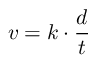
v = k \cdot { \frac { d } { t } }